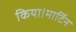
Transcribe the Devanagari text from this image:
किया।मार्टिन